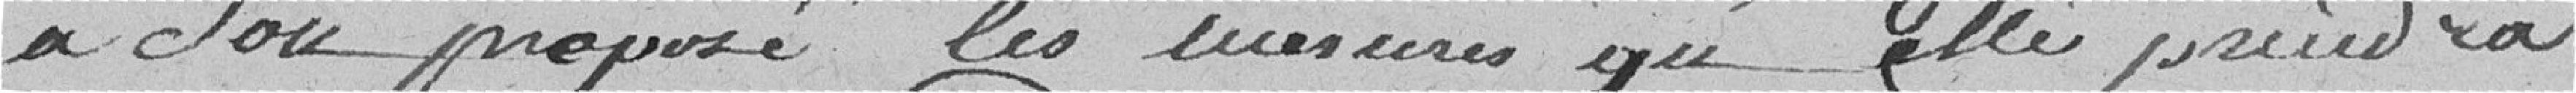
à son préposé les mesures qu'elle prendra